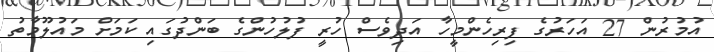
އުމުރުން 27 އަހަރުގެ ފިރިހެންމީހާ އަދިވެސް ހުރީ ފުލުހުންގެ ބަންދުގައި ކަމަށް މައުލޫމާތު